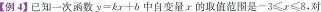
【例4】已知一次函数$$y = k x + b$$中自变量x的取值范围是$$-3 ≤ x ≤ 8.对